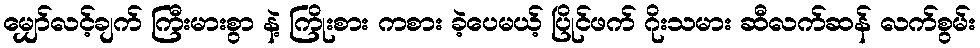
မျှော်လင့်ချက် ကြီးမားစွာ နဲ့ ကြိုးစား ကစား ခဲ့ပေမယ့် ပြိုင်ဖက် ဂိုးသမား ဆီလက်ဆန် လက်စွမ်း